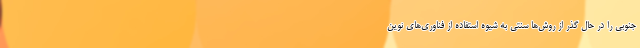
جنوبی را در حال گذر از روش‌ها سنتی به شیوه استفاده از فناوری‌های نوین